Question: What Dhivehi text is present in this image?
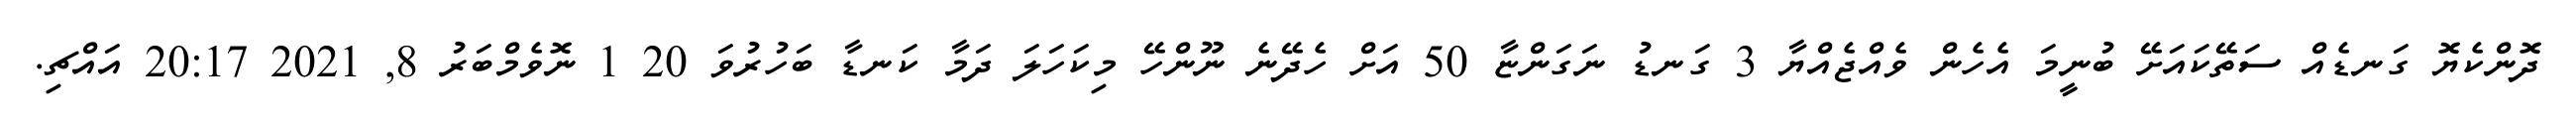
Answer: ދޮންކެޔޮ ގަނޑެއް ސަތޭކައަށޭ ބުނީމަ އެހެން ވެއްޖެއްޔާ 3 ގަނޑު ނަގަންޏާ 50 އަށް ހެދޭނެ ނޫންހޭ މިކަހަލަ ދަމާ ކަނޑާ ބަހުރުވަ 20 1 ނޮވެމްބަރު 8, 2021 20:17 އައްޗި.